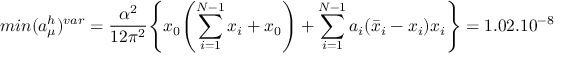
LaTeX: m i n ( a _ { \mu } ^ { h } ) ^ { v a r } = \frac { \alpha ^ { 2 } } { 1 2 \pi ^ { 2 } } \Biggl \{ x _ { 0 } \Biggl ( \sum _ { i = 1 } ^ { N - 1 } x _ { i } + x _ { 0 } \Biggr ) + \sum _ { i = 1 } ^ { N - 1 } a _ { i } ( \bar { x } _ { i } - x _ { i } ) x _ { i } \Biggr \} = 1 . 0 2 . 1 0 ^ { - 8 }